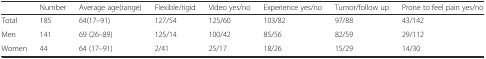
<table><thead><tr><td></td><td><b>Number</b></td><td><b>Average age(range)</b></td><td><b>Flexible/rigid</b></td><td><b>Video yes/no</b></td><td><b>Experience yes/no</b></td><td><b>Tumor/follow up</b></td><td><b>Prone to feel pain yes/no</b></td></tr></thead><tbody><tr><td>Total</td><td>185</td><td>64(17–91)</td><td>127/54</td><td>125/60</td><td>103/82</td><td>97/88</td><td>43/142</td></tr><tr><td>Men</td><td>141</td><td>69 (26–89)</td><td>125/14</td><td>100/42</td><td>85/56</td><td>82/59</td><td>29/112</td></tr><tr><td>Women</td><td>44</td><td>64 (17–91)</td><td>2/41</td><td>25/17</td><td>18/26</td><td>15/29</td><td>14/30</td></tr></tbody></table>